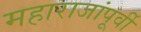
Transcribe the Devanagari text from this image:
महाराजांपूर्वी